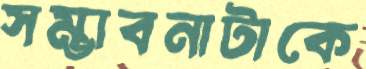
সম্ভাবনাটাকে